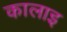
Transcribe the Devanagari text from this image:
कालाइ